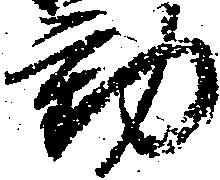
動